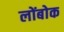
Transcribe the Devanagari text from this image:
लोंबोक